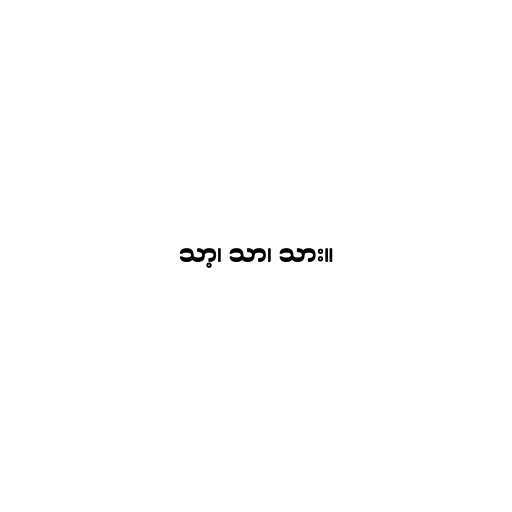
သာ့၊ သာ၊ သား။